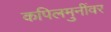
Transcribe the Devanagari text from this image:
कपिलमुनींवर